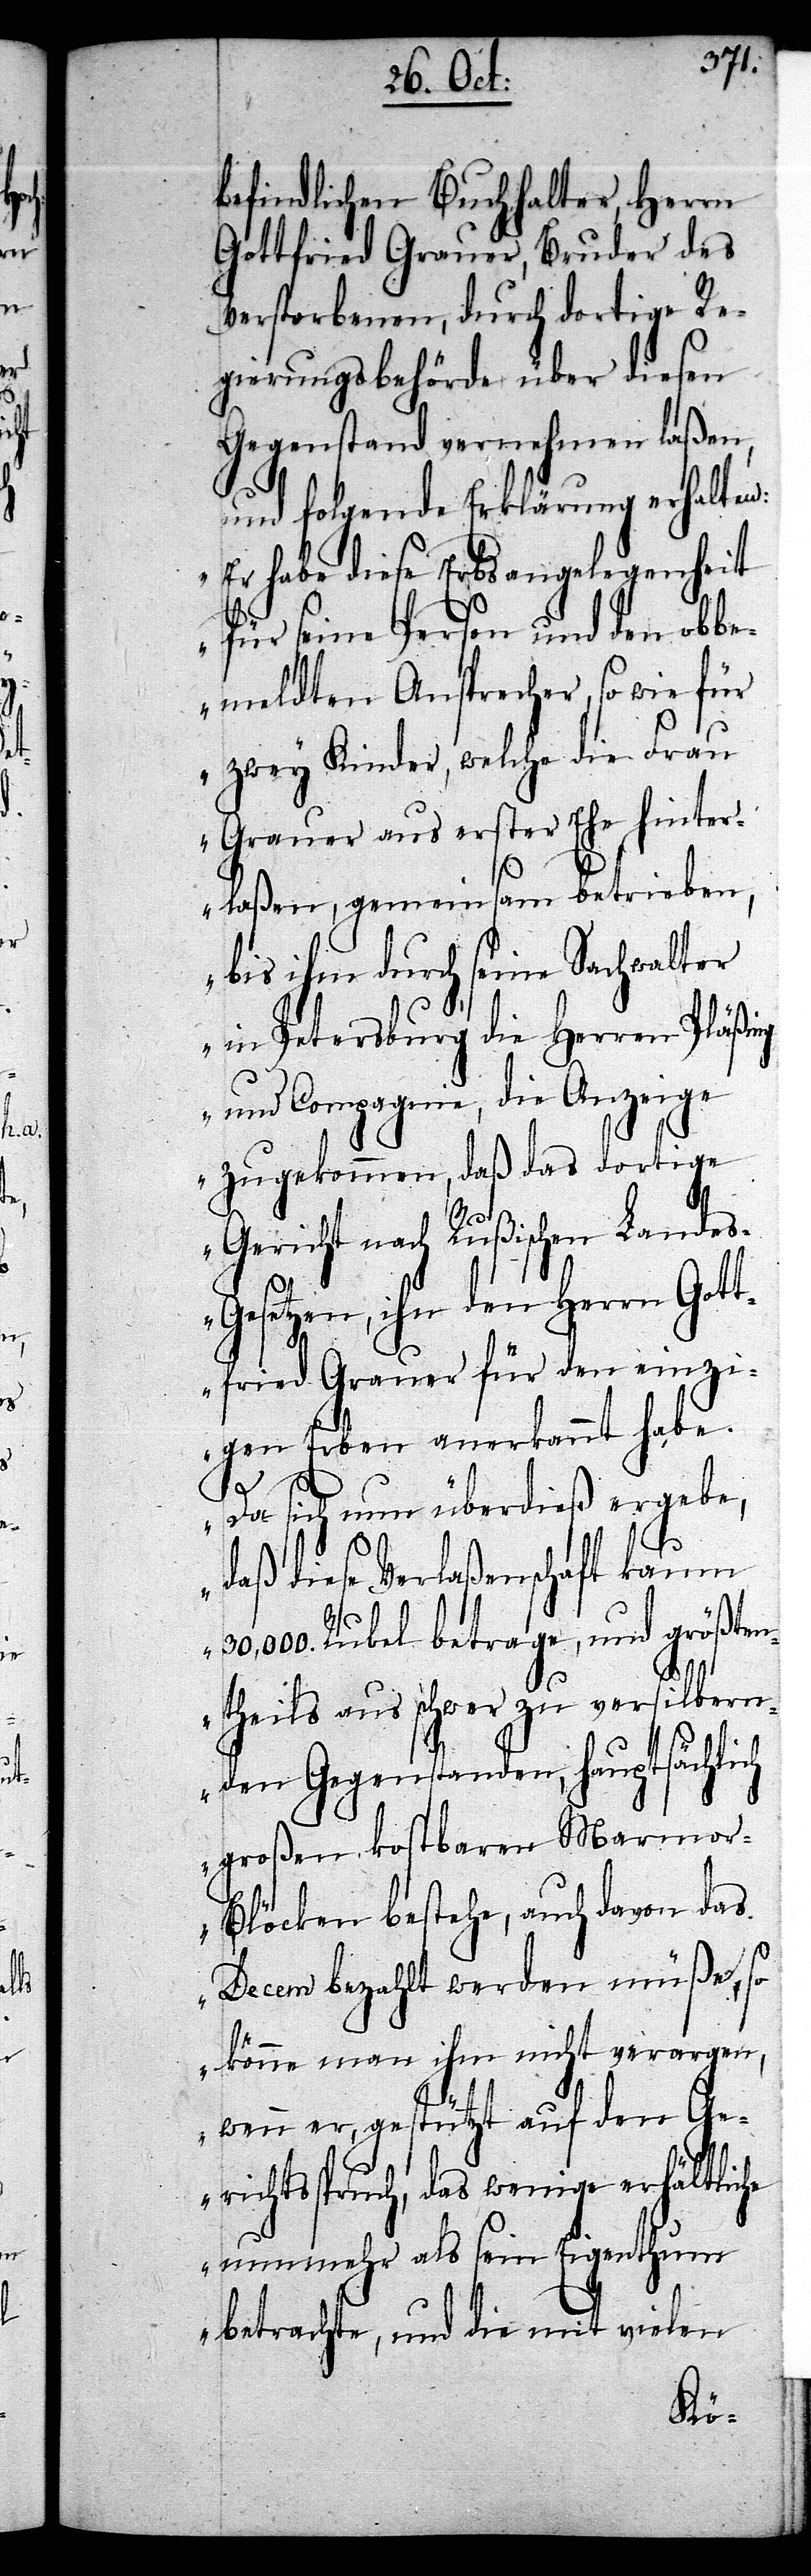
befindlichen Buchhalter, Herrn
Gottfried Grauer, Bruder des
Verstorbenen, durch dortige Re¬
gierungsbehörde über diesen
Gegenstand vernehmen laßen,
und folgende Erklärung erhalten:
„Er habe diese Erbsangelegenheit
für seine Person und den obbe¬
meldten Ansprecher, so wie für
zwey Kinder, welche die Frau
Grauer aus erster Ehe hinter¬
laßen, gemeinsam betrieben,
bis ihm durch seine Sachwalter
in Petersburg die Herren Pläßing
und Compagnie, die Anzeige
zugekommen, daß das dortige
Gericht nach Rußischen Lande¬
setzen, ihn den Herrn Got¬
tfried Grauer für den einzi¬
gen Erben anerkannt habe.
s-Ge¬
Da sich nun überdieß ergebe,
daß diese Verlaßenschaft kaum
30,000. Rubel betrage, und größten¬
theils aus schwer zu versilbern¬
den Gegenstanden, hauptsächlich
großen kostbaren Marmo¬
r-Blöcken bestehe, auch davon das
Decem bezahlt werden müße, so
könne man ihm nicht verargen,
wenn er, gestützt auf den Ge¬
richtsspruch, das wenige erhältliche
nunmehr als sein Eigenthum
betrachte, und die mit vielen